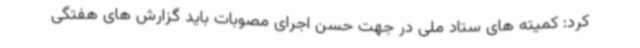
کرد: کمیته های ستاد ملی در جهت حسن اجرای مصوبات باید گزارش های هفتگی